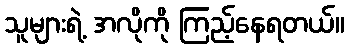
သူများရဲ့ အလိုကို ကြည့်နေရတယ်။